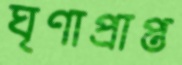
ঘৃণাপ্রাপ্ত